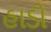
હાડો